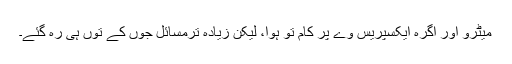
میٹرو اور آگرہ ایکسپریس وے پر کام تو ہوا، لیکن زیادہ ترمسائل جوں کے توں ہی رہ گئے۔